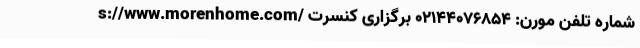
s://www.morenhome.com/ شماره تلفن مورن: 02144076854 برگزاری کنسرت